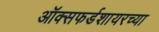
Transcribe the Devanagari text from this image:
ऑक्सफर्डशायरच्या